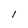
Character: l